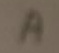
Text: A